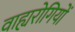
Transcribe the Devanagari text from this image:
वाह्यरोगियों